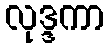
လုဒ္ဒကာ